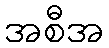
အစီအ